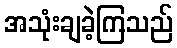
အသုံးချခဲ့ကြသည်